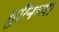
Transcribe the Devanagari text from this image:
तुरिनच्या